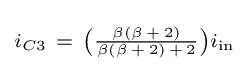
\scriptstyle i_{C3}~=~\left({\frac {\beta \left(\beta \,+\,2\right)}{\beta \left(\beta \,+\,2\right)\,+\,2}}\right)i_{\text{in}}